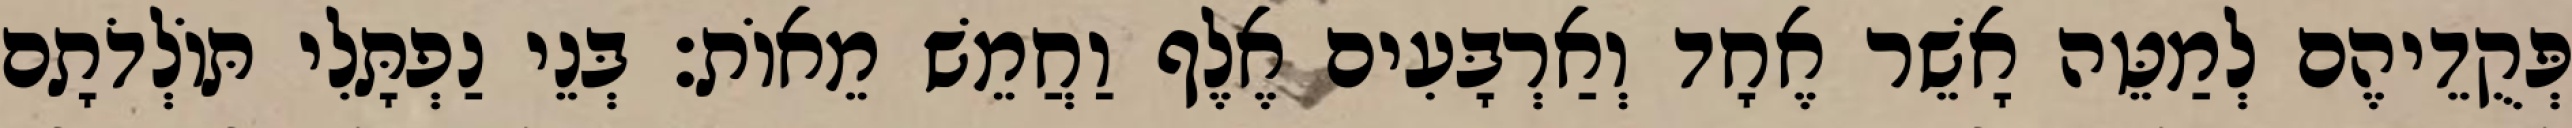
פְּקֻדֵיהֶם לְמַטֵּה אָשֵׁר אֶחָד וְאַרְבָּעִים אֶלֶף וַחֲמֵשׁ מֵאוֹת׃ בְּנֵי נַפְתָּלִי תּוֹלְדֹתָם